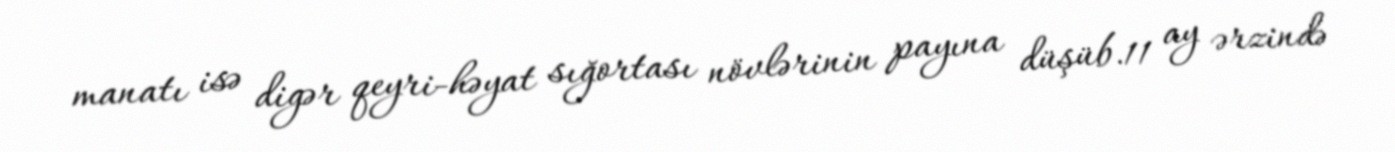
manatı isə digər qeyri-həyat sığortası növlərinin payına düşüb.11 ay ərzində